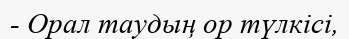
- Орал таудың ор түлкісі,